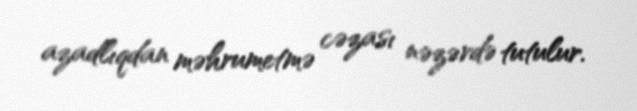
azadlıqdan məhrumetmə cəzası nəzərdə tutulur.